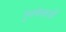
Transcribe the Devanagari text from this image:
पुरावेत्ताओं